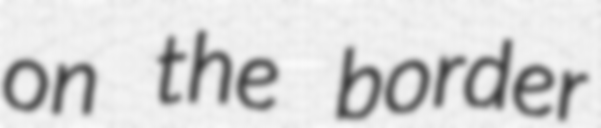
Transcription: on the border